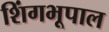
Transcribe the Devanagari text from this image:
शिंगभूपाल